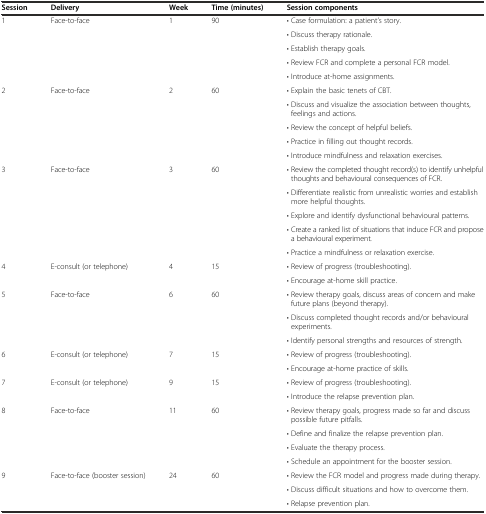
<table><thead><tr><td><b>Session</b></td><td><b>Delivery</b></td><td><b>Week</b></td><td><b>Time (minutes)</b></td><td><b>Session components</b></td></tr></thead><tbody><tr><td rowspan="5">1</td><td rowspan="5">Face-to-face</td><td rowspan="5">1</td><td rowspan="5">90</td><td>• Case formulation: a patient’s story.</td></tr><tr><td>• Discuss therapy rationale.</td></tr><tr><td>• Establish therapy goals.</td></tr><tr><td>• Review FCR and complete a personal FCR model.</td></tr><tr><td>• Introduce at-home assignments.</td></tr><tr><td rowspan="5">2</td><td rowspan="5">Face-to-face</td><td rowspan="5">2</td><td rowspan="5">60</td><td>• Explain the basic tenets of CBT.</td></tr><tr><td>• Discuss and visualize the association between thoughts, feelings and actions.</td></tr><tr><td>• Review the concept of helpful beliefs.</td></tr><tr><td>• Practice in filling out thought records.</td></tr><tr><td>• Introduce mindfulness and relaxation exercises.</td></tr><tr><td rowspan="5">3</td><td rowspan="5">Face-to-face</td><td rowspan="5">3</td><td rowspan="5">60</td><td>• Review the completed thought record(s) to identify unhelpful thoughts and behavioural consequences of FCR.</td></tr><tr><td>• Differentiate realistic from unrealistic worries and establish more helpful thoughts.</td></tr><tr><td>• Explore and identify dysfunctional behavioural patterns.</td></tr><tr><td>• Create a ranked list of situations that induce FCR and propose a behavioural experiment.</td></tr><tr><td>• Practice a mindfulness or relaxation exercise.</td></tr><tr><td rowspan="2">4</td><td rowspan="2">E-consult (or telephone)</td><td rowspan="2">4</td><td rowspan="2">15</td><td>• Review of progress (troubleshooting).</td></tr><tr><td>• Encourage at-home skill practice.</td></tr><tr><td rowspan="3">5</td><td rowspan="3">Face-to-face</td><td rowspan="3">6</td><td rowspan="3">60</td><td>• Review therapy goals, discuss areas of concern and make future plans (beyond therapy).</td></tr><tr><td>• Discuss completed thought records and/or behavioural experiments.</td></tr><tr><td>• Identify personal strengths and resources of strength.</td></tr><tr><td rowspan="2">6</td><td rowspan="2">E-consult (or telephone)</td><td rowspan="2">7</td><td rowspan="2">15</td><td>• Review of progress (troubleshooting).</td></tr><tr><td>• Encourage at-home practice of skills.</td></tr><tr><td rowspan="2">7</td><td rowspan="2">E-consult (or telephone)</td><td rowspan="2">9</td><td rowspan="2">15</td><td>• Review of progress (troubleshooting).</td></tr><tr><td>• Introduce the relapse prevention plan.</td></tr><tr><td rowspan="4">8</td><td rowspan="4">Face-to-face</td><td rowspan="4">11</td><td rowspan="4">60</td><td>• Review therapy goals, progress made so far and discuss possible future pitfalls.</td></tr><tr><td>• Define and finalize the relapse prevention plan.</td></tr><tr><td>• Evaluate the therapy process.</td></tr><tr><td>• Schedule an appointment for the booster session.</td></tr><tr><td rowspan="3">9</td><td rowspan="3">Face-to-face (booster session)</td><td rowspan="3">24</td><td rowspan="3">60</td><td>• Review the FCR model and progress made during therapy.</td></tr><tr><td>• Discuss difficult situations and how to overcome them.</td></tr><tr><td>• Relapse prevention plan.</td></tr></tbody></table>